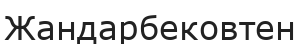
Жандарбековтен